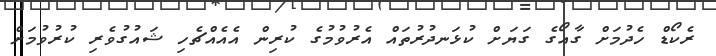
ރެކޯޑް ހެދުމަށް ގާއޯގެ ގަޔަށް ކުޅަނދުރުތައް އެރުވުމުގެ ކުރިން އެއެއްޗެހި ޝައުގުވެރި ކުރުވުމަށް